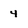
Character: 4